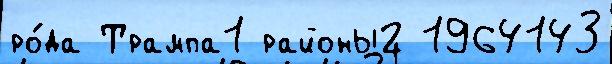
ро́да Трампа1 районы2 1964143